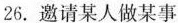
26.邀请某人做某事